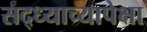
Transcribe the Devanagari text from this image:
सद्ध्याच्यापेक्षा